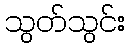
သွတ်သွင်း